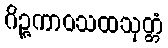
ဂိဉ္ဇကာဝသထသုတ္တံ